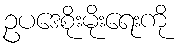
ဥပဒေစိုးမိုးရေးကို